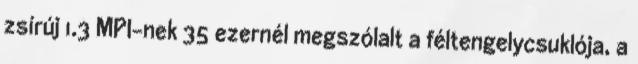
zsírúj 1.3 MPI-nek 35 ezernél megszólalt a féltengelycsuklója, a